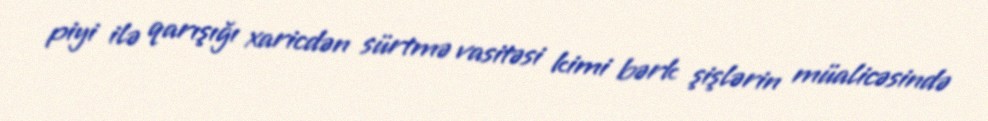
piyi ilə qarışığı xaricdən sürtmə vasitəsi kimi bərk şişlərin müalicəsində